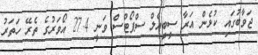
ޖަވާބުގައި ކުޅެން އަރާ ސީބީއެލް ސްޕޯޓްސް ވަނީ 27.4 އޯވަރުގެ ތެރޭ ހަތަރު